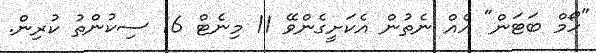
"ހޯމް ބަޓަން" އެއް ނެތުން އެކަށީގެންވޭ 11 މިނެޓް 16 ސިކުންތު ކުރިން.